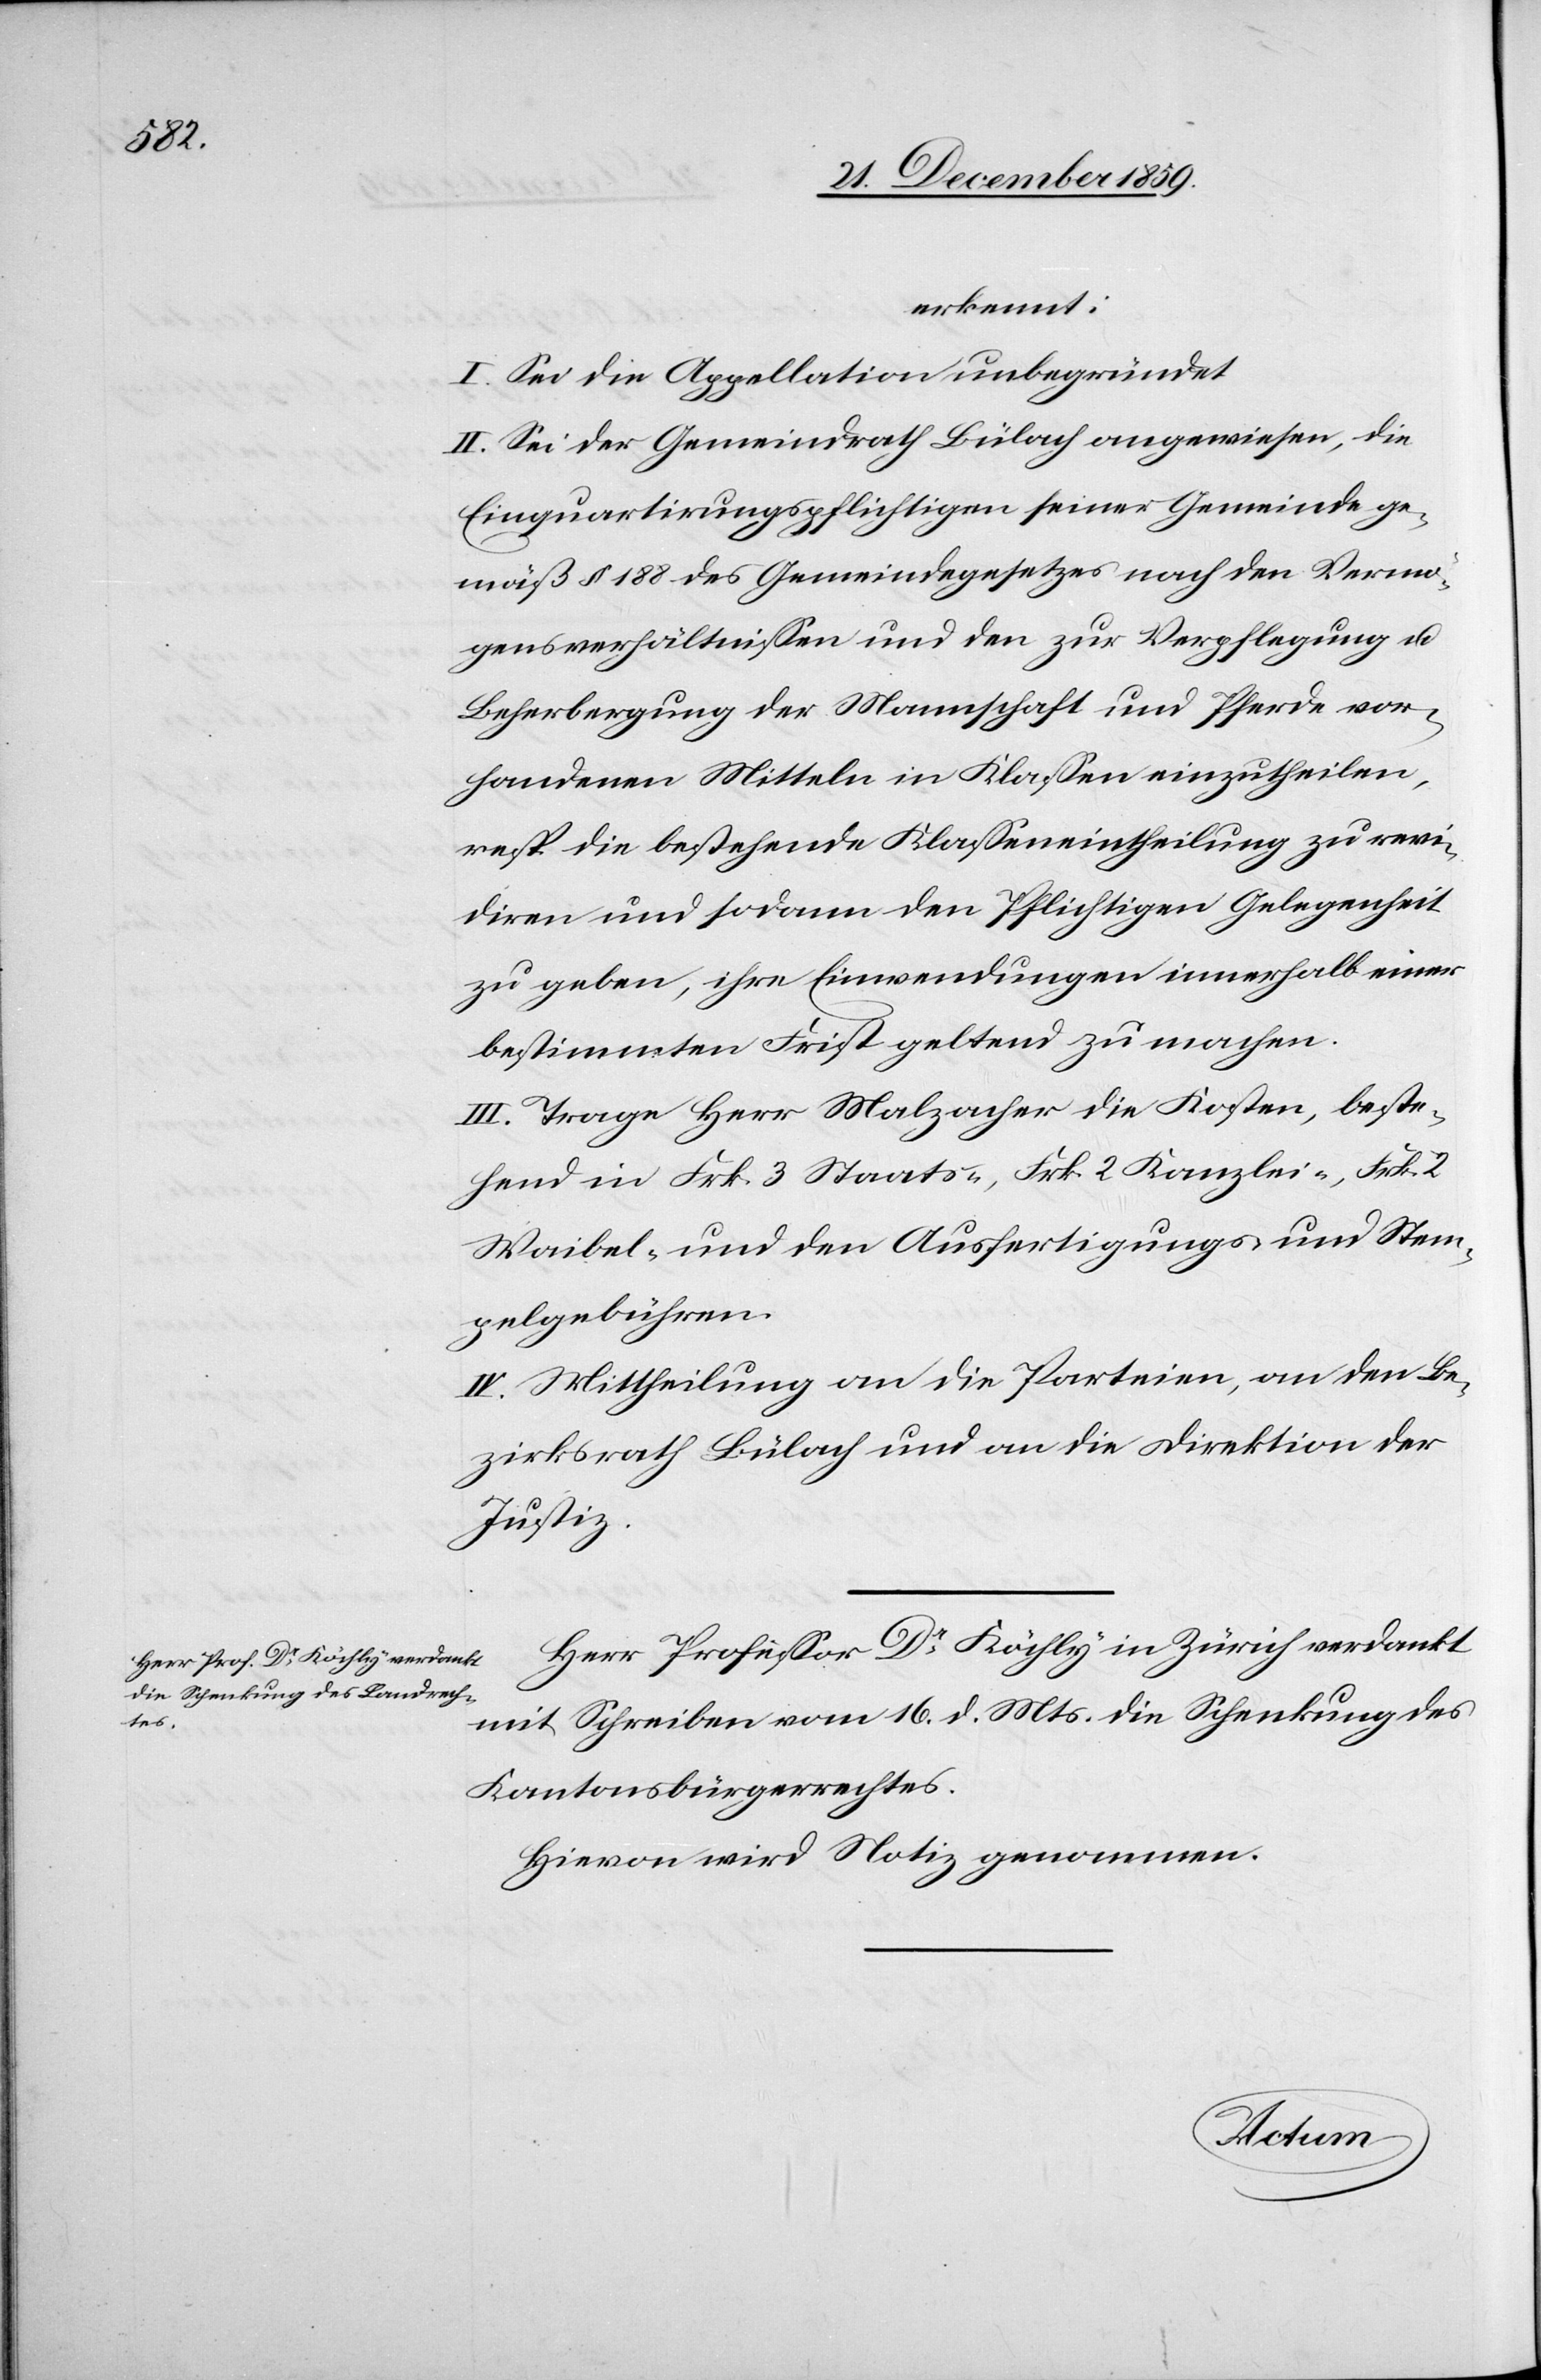
erkannt:
I. Sei die Appellation unbegründet[.]
II. Sei der Gemeindrath Bülach angewiesen, die
Einquartriungspflichtigen seiner Gemeinde ge¬
mäß § 188 des Gemeindegesetzes nach den Vermö¬
gensverhältnissen und den zur Verpflegung u.
Beherbergung der Mannschaft und Pferde vor¬
handenen Mitteln in Klassen einzutheilen,
resp. die bestehende Klasseneintheilung zu revi¬
diren und sodann den Pflichtigen Gelegenheit
zu geben, ihre Einwendungen innerhalb einer
bestimmten Frist geltend zu machen.
III. Trage Herr Malzacher die Kosten, beste¬
hend in Frk. 3 Staats-, Frk. 2 Kanzlei-, Frk. 2
Waibel- und den Ausfertigungs- und Stem¬
pelgebühren.
IV. Mittheilung an die Parteien, an den Be¬
zirksrath Bülach und an die Direktion der
Justiz.
Herr Professor Dr Köchly in Zürich verdankt
mit Schreiben vom 16. d. Mts. die Schenkung des
Kantonsbürgerrechtes.
Hievon wird Notiz genommen.